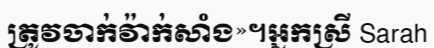
ត្រូវចាក់វ៉ាក់សាំង»។អ្នកស្រី Sarah